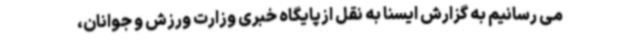
می رسانیم به گزارش ایسنا به نقل ازپایگاه خبری وزارت ورزش و جوانان،